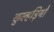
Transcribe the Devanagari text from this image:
कुल्हड़ियों